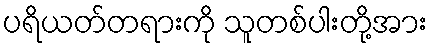
ပရိယတ်တရားကို သူတစ်ပါးတို့အား